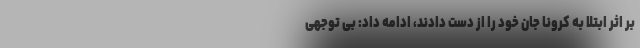
بر اثر ابتلا به کرونا جان خود را از دست دادند، ادامه داد: بی توجهی